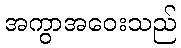
အကွာအဝေးသည်